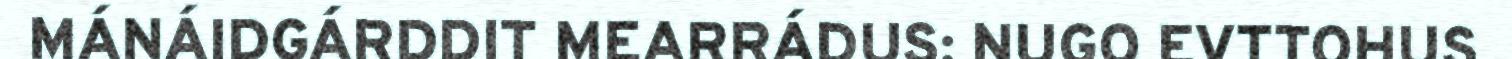
MÁNÁIDGÁRDDIT MEARRÁDUS: NUGO EVTTOHUS